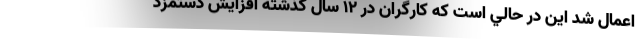
اعمال شد اين در حالي است كه كارگران در ۱۲ سال گذشته افزايش دستمزد